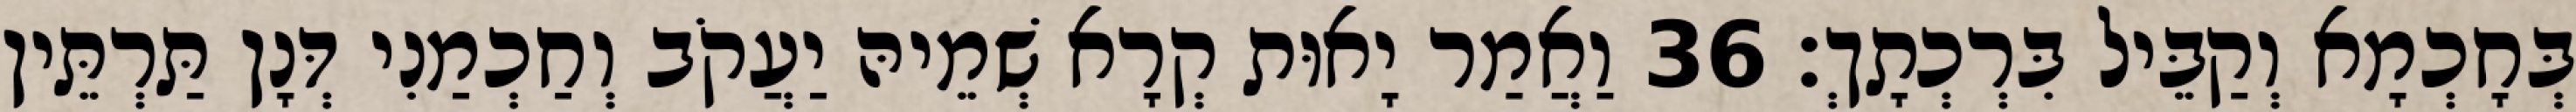
בְּחָכְמָא וְקַבֵּיל בִּרְכְתָךְ׃ 36 וַאֲמַר יָאוּת קְרָא שְׁמֵיהּ יַעֲקֹב וְחַכְמַנִי דְּנָן תַּרְתֵּין